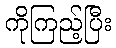
ကိုကြည့်ပြီး